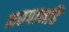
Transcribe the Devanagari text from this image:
मद्यपानहि